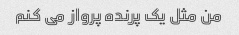
من مثل یک پرنده پرواز می کنم